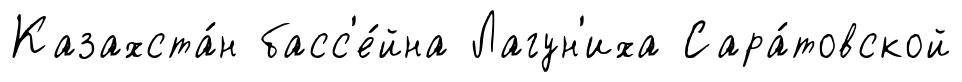
Казахста́н басс'е́йна Лагун'иха Сара́товской